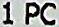
1 PC